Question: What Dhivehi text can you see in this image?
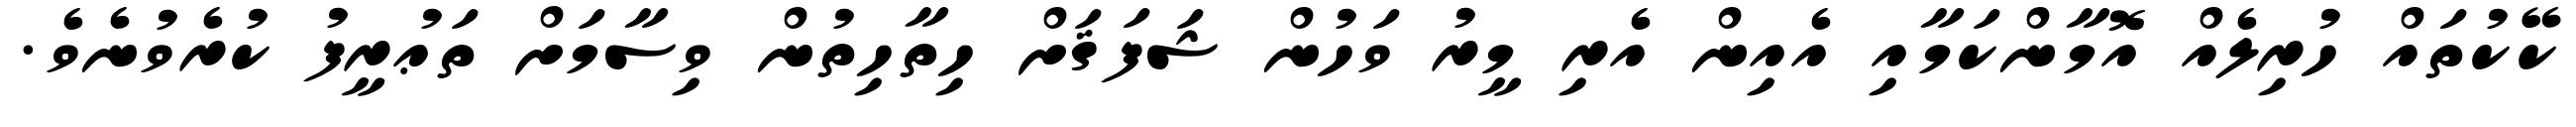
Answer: ކޭކުތައް ހުރިލެއް އޮމާންކަމާއި އެއިން އެރި މީރު ވަހުން ޝަފަޤަށް ހިތާހިތުން ވިސާމަށް ތަޢުރީފު ކުރެވުނެވެ.